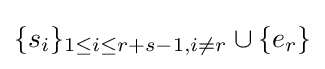
\{s_{i}\}_{1\leq i\leq r+s-1,i\neq r}\cup \{e_{r}\}